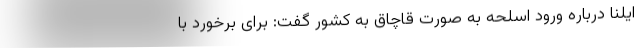
ایلنا درباره ورود اسلحه به صورت قاچاق به کشور گفت: برای برخورد با